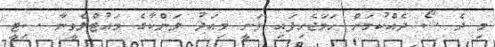
މި ދެ ޝޯ ދެއްކުމަށް ހަމަޖެހިފައި ވަނީ މިއަދު ލަންކާގެ މައުޓްލެވީނާ ސިޓީ